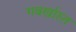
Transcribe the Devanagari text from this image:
गबर्खास्‍त